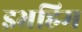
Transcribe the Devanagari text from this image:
इभ्रहिम